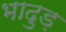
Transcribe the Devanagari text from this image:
भादुड़